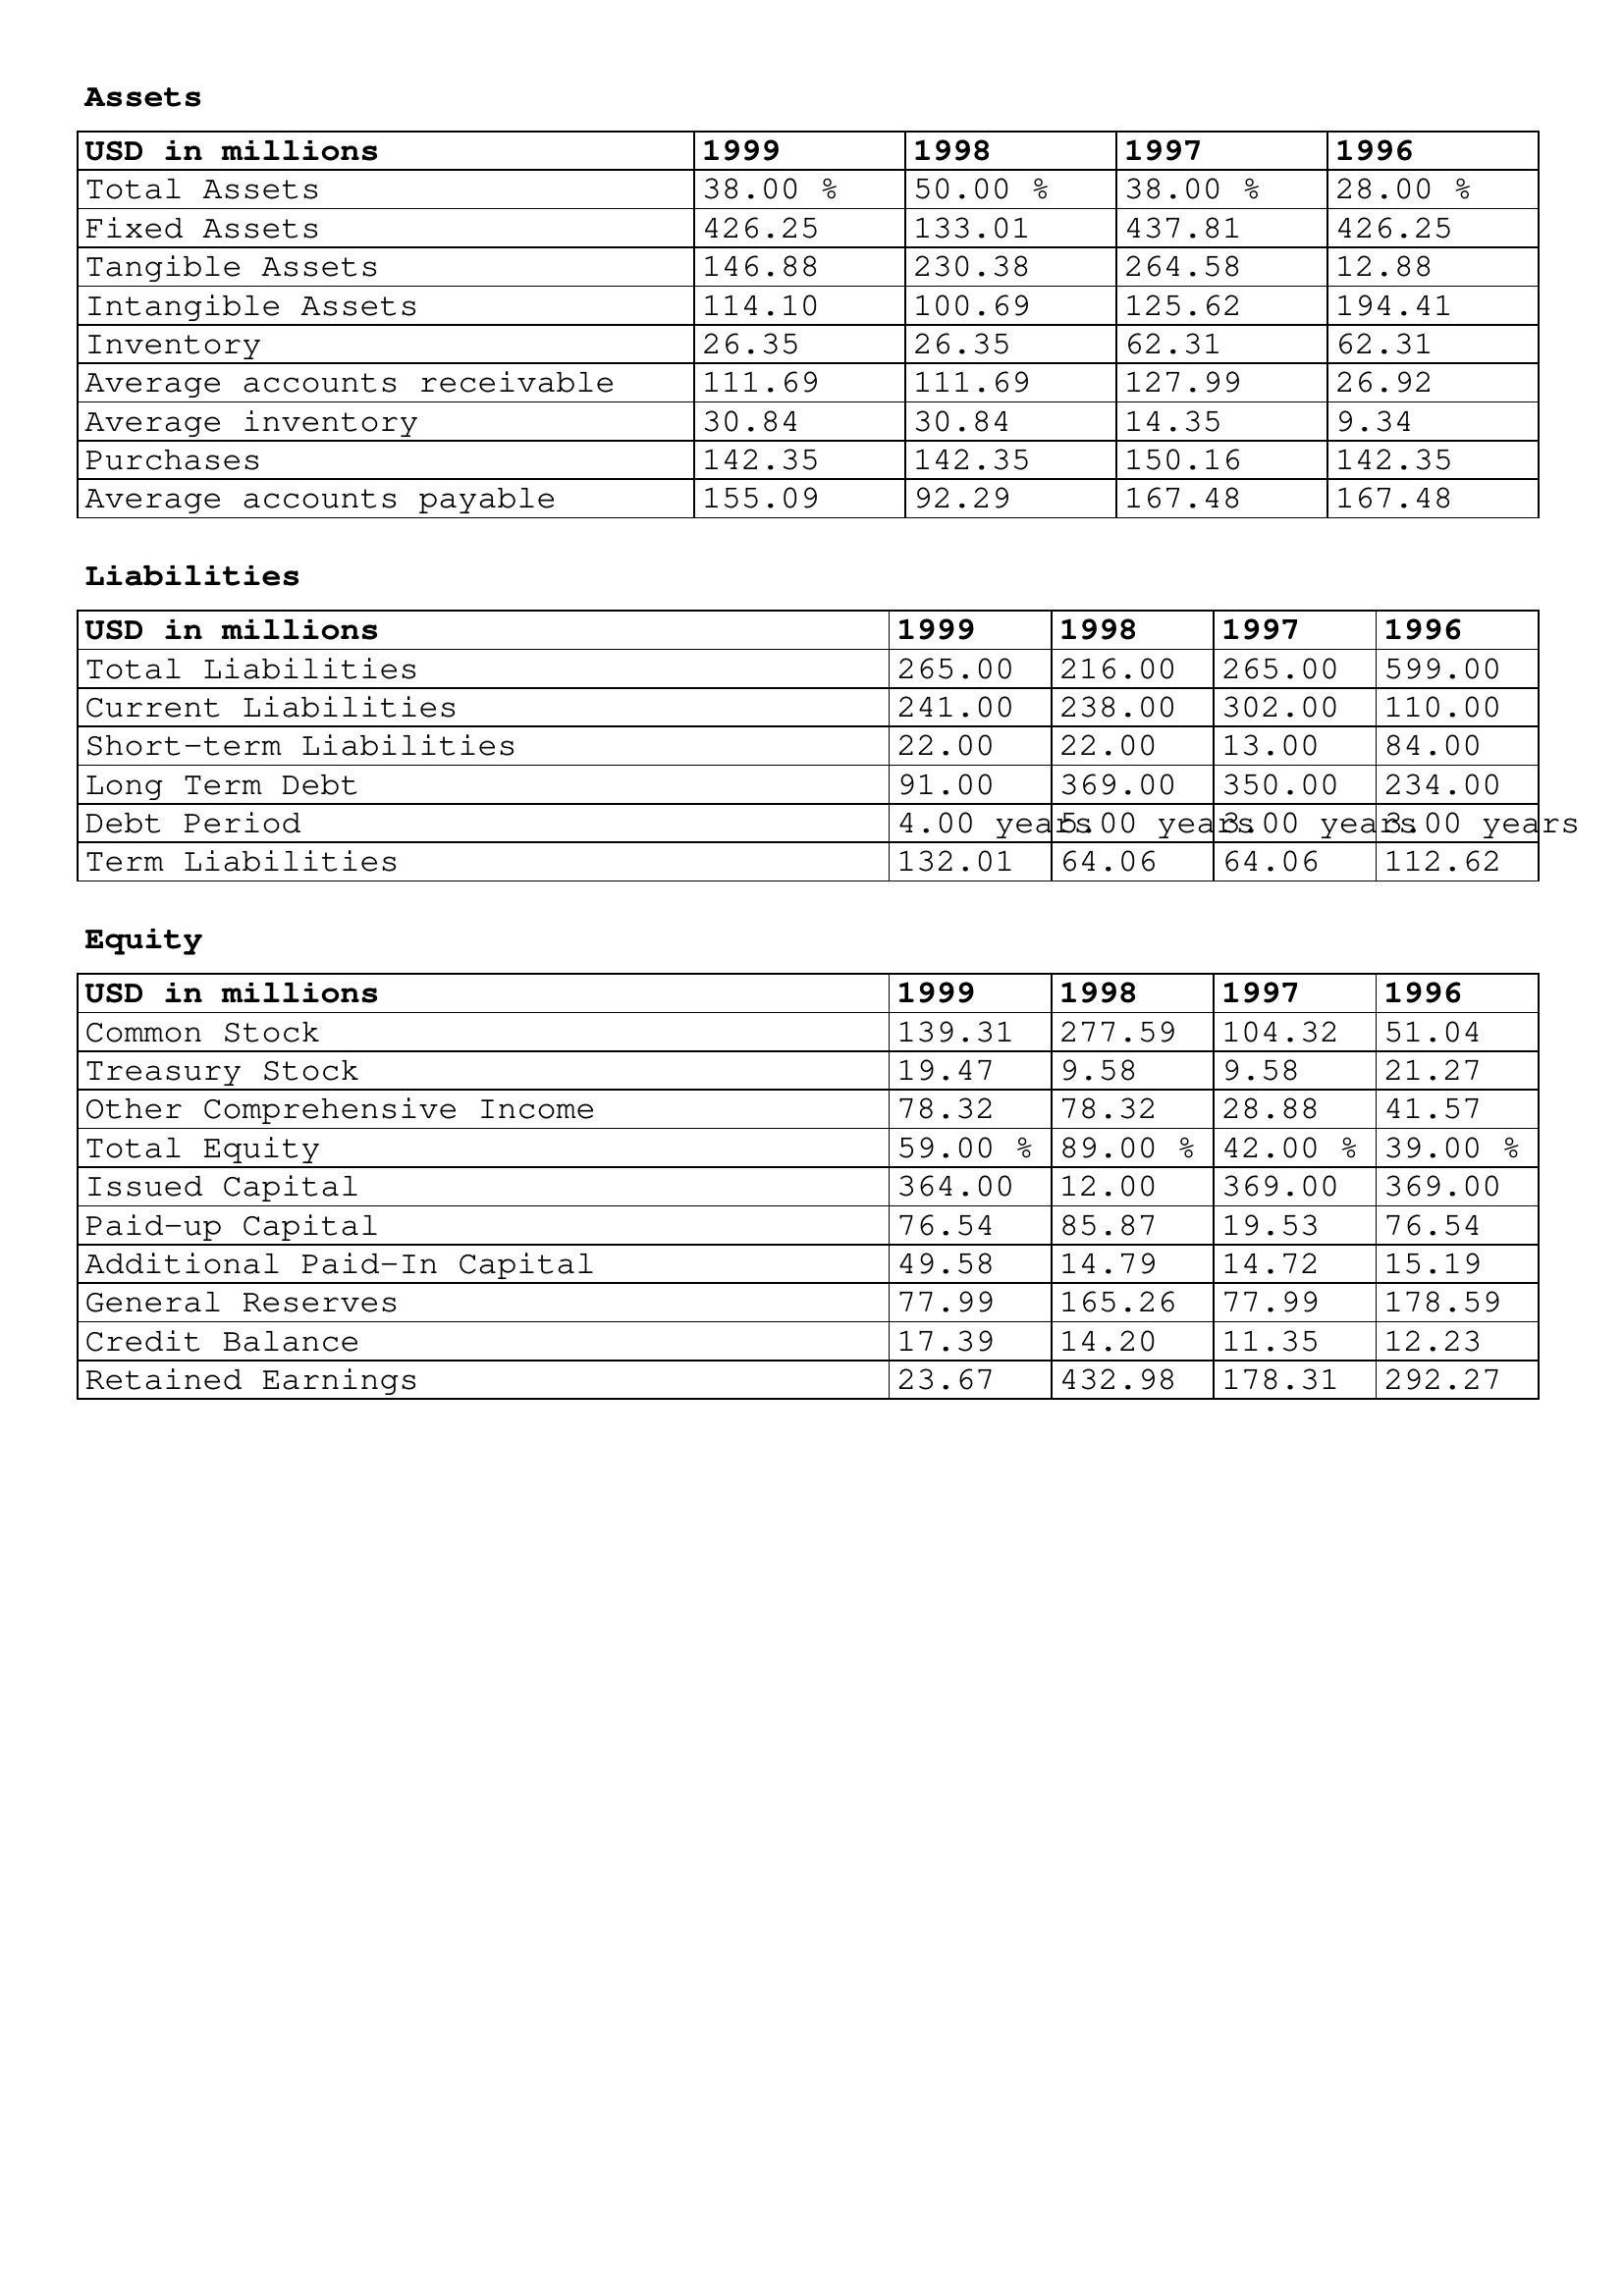
gt_parse: 1999: Assets: Total Assets: 38.00 %
Fixed Assets: 426.25
Tangible Assets: 146.88
Intangible Assets: 114.10
Inventory: 26.35
Average accounts receivable: 111.69
Average inventory: 30.84
Purchases: 142.35
Average accounts payable: 155.09
Liabilities: Total Liabilities: 265.00
Current Liabilities: 241.00
Short-term Liabilities: 22.00
Long Term Debt: 91.00
Debt Period: 4.00 years
Term Liabilities: 132.01
Equity: Common Stock: 139.31
Treasury Stock: 19.47
Other Comprehensive Income: 78.32
Total Equity: 59.00 %
Issued Capital: 364.00
Paid-up Capital: 76.54
Additional Paid-In Capital: 49.58
General Reserves: 77.99
Credit Balance: 17.39
Retained Earnings: 23.67
1998: Assets: Total Assets: 50.00 %
Fixed Assets: 133.01
Tangible Assets: 230.38
Intangible Assets: 100.69
Inventory: 26.35
Average accounts receivable: 111.69
Average inventory: 30.84
Purchases: 142.35
Average accounts payable: 92.29
Liabilities: Total Liabilities: 216.00
Current Liabilities: 238.00
Short-term Liabilities: 22.00
Long Term Debt: 369.00
Debt Period: 5.00 years
Term Liabilities: 64.06
Equity: Common Stock: 277.59
Treasury Stock: 9.58
Other Comprehensive Income: 78.32
Total Equity: 89.00 %
Issued Capital: 12.00
Paid-up Capital: 85.87
Additional Paid-In Capital: 14.79
General Reserves: 165.26
Credit Balance: 14.20
Retained Earnings: 432.98
1997: Assets: Total Assets: 38.00 %
Fixed Assets: 437.81
Tangible Assets: 264.58
Intangible Assets: 125.62
Inventory: 62.31
Average accounts receivable: 127.99
Average inventory: 14.35
Purchases: 150.16
Average accounts payable: 167.48
Liabilities: Total Liabilities: 265.00
Current Liabilities: 302.00
Short-term Liabilities: 13.00
Long Term Debt: 350.00
Debt Period: 3.00 years
Term Liabilities: 64.06
Equity: Common Stock: 104.32
Treasury Stock: 9.58
Other Comprehensive Income: 28.88
Total Equity: 42.00 %
Issued Capital: 369.00
Paid-up Capital: 19.53
Additional Paid-In Capital: 14.72
General Reserves: 77.99
Credit Balance: 11.35
Retained Earnings: 178.31
1996: Assets: Total Assets: 28.00 %
Fixed Assets: 426.25
Tangible Assets: 12.88
Intangible Assets: 194.41
Inventory: 62.31
Average accounts receivable: 26.92
Average inventory: 9.34
Purchases: 142.35
Average accounts payable: 167.48
Liabilities: Total Liabilities: 599.00
Current Liabilities: 110.00
Short-term Liabilities: 84.00
Long Term Debt: 234.00
Debt Period: 3.00 years
Term Liabilities: 112.62
Equity: Common Stock: 51.04
Treasury Stock: 21.27
Other Comprehensive Income: 41.57
Total Equity: 39.00 %
Issued Capital: 369.00
Paid-up Capital: 76.54
Additional Paid-In Capital: 15.19
General Reserves: 178.59
Credit Balance: 12.23
Retained Earnings: 292.27